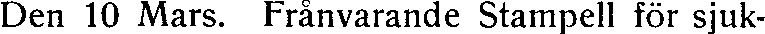
Den 10 Mars. Frånvarande Stampell för sjuk-